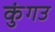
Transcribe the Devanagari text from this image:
कुंगउ